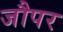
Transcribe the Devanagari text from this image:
जौपर